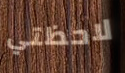
لاحظتي